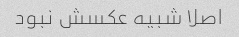
اصلا شبیه عکسش نبود